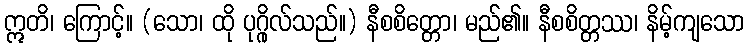
ဣတိ၊ ကြောင့်။ (သော၊ ထို ပုဂ္ဂိုလ်သည်။) နီစစိတ္တော၊ မည်၏။ နီစစိတ္တဿ၊ နိမ့်ကျသော